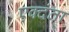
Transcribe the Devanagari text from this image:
एक्दंता